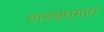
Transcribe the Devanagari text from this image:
ठाणबंधमात